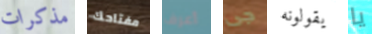
مذكرات مفتاحك أعرف جى يقولونه يا